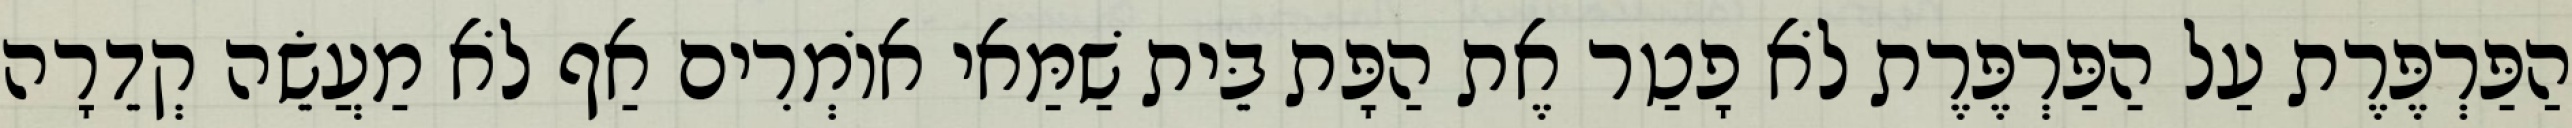
הַפַּרְפֶּרֶת עַל הַפַּרְפֶּרֶת לֹא פָטַר אֶת הַפָּת בֵּית שַׁמַּאי אוֹמְרִים אַף לֹא מַעֲשֵׂה קְדֵרָה